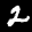
Label: 2